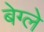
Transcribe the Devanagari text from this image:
बेग्ले